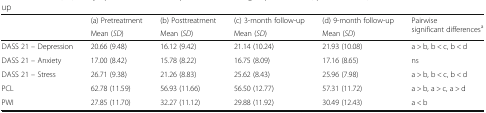
| <ROWSPAN=2>  | (a) Pretreatment | (b) Posttreatment | (c) 3-month follow-up | (d) 9-month follow-up | <ROWSPAN=2> Pairwise significant differencesa |
 | Mean (SD) | Mean (SD) | Mean (SD) | Mean (SD) |
 | --- | --- | --- | --- | --- | --- |
 | DASS 21 – Depression | 20.66 (9.48) | 16.12 (9.42) | 21.14 (10.24) | 21.93 (10.08) | a > b, b < c, b < d |
 | DASS 21 – Anxiety | 17.00 (8.42) | 15.78 (8.22) | 16.75 (8.09) | 17.16 (8.65) | ns |
 | DASS 21 – Stress | 26.71 (9.38) | 21.26 (8.83) | 25.62 (8.43) | 25.96 (7.98) | a > b, b < c, b < d |
 | PCL | 62.78 (11.59) | 56.93 (11.66) | 56.50 (12.77) | 57.31 (11.72) | a > b, a > c, a > d |
 | PWI | 27.85 (11.70) | 32.27 (11.12) | 29.88 (11.92) | 30.49 (12.43) | a < b |